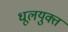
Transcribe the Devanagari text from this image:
धूलयुक्त